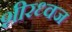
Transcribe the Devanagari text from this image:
शीरध्वज